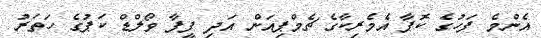
އެންމެ ފަހުގެ ކޮޕާ އެމެރިކާގެ ޗެމްޕިއަން އަދި ފީފާ ވޯލްޑް ކަޕުގެ ހަތަރު